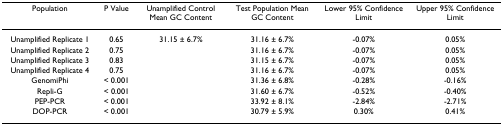
<table><thead><tr><td><b>Population</b></td><td><b>P Value</b></td><td><b>Unamplified Control Mean GC Content</b></td><td><b>Test Population Mean GC Content</b></td><td><b>Lower 95% Confidence Limit</b></td><td><b>Upper 95% Confidence Limit</b></td></tr></thead><tbody><tr><td>Unamplified Replicate 1</td><td>0.65</td><td>31.15 ± 6.7%</td><td>31.16 ± 6.7%</td><td>-0.07%</td><td>0.05%</td></tr><tr><td>Unamplified Replicate 2</td><td>0.75</td><td></td><td>31.16 ± 6.7%</td><td>-0.07%</td><td>0.05%</td></tr><tr><td>Unamplified Replicate 3</td><td>0.83</td><td></td><td>31.15 ± 6.7%</td><td>-0.07%</td><td>0.05%</td></tr><tr><td>Unamplified Replicate 4</td><td>0.75</td><td></td><td>31.16 ± 6.7%</td><td>-0.07%</td><td>0.05%</td></tr><tr><td>GenomiPhi</td><td>&lt; 0.001</td><td></td><td>31.36 ± 6.8%</td><td>-0.28%</td><td>-0.16%</td></tr><tr><td>Repli-G</td><td>&lt; 0.001</td><td></td><td>31.60 ± 6.7%</td><td>-0.52%</td><td>-0.40%</td></tr><tr><td>PEP-PCR</td><td>&lt; 0.001</td><td></td><td>33.92 ± 8.1%</td><td>-2.84%</td><td>-2.71%</td></tr><tr><td>DOP-PCR</td><td>&lt; 0.001</td><td></td><td>30.79 ± 5.9%</td><td>0.30%</td><td>0.41%</td></tr></tbody></table>